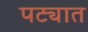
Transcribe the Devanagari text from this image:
पट्यात